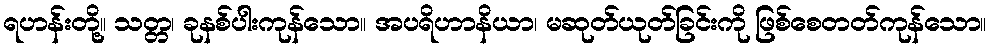
ရဟန်းတို့။ သတ္တ၊ ခုနစ်ပါးကုန်သော။ အပရိဟာနိယာ၊ မဆုတ်ယုတ်ခြင်းကို ဖြစ်စေတတ်ကုန်သော။